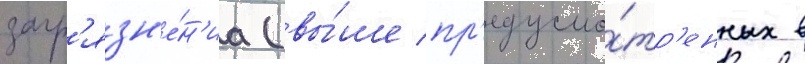
загр'язн'е́н'иа (вы́ше пр'едусмо́тр'енных в